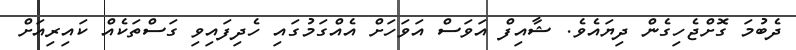
ދެބުމަ ގޮށްޖެހިގެން ދިޔައެވެ. ޝާއިފް އަވަސް އަވަހަށް އެއްގަމުގައި ހެދިފައިވި ގަސްތަކެއް ކައިރިއަށް